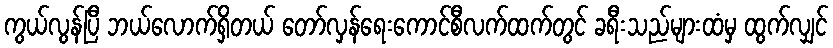
ကွယ်လွန်ပြီ ဘယ်လောက်ရှိတယ် တော်လှန်ရေးကောင်စီလက်ထက်တွင် ခရီးသည်များထံမှ ထွက်လျှင်